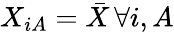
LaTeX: X_{iA}=\bar{X}\, \forall i,A